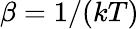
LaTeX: \beta=1/(kT)